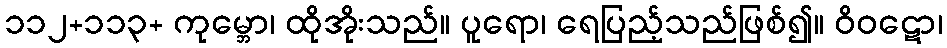
၁၁၂+၁၁၃+ ကုမ္ဘော၊ ထိုအိုးသည်။ ပူရော၊ ရေပြည့်သည်ဖြစ်၍။ ဝိဝဋော၊